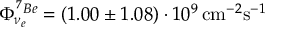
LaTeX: \Phi _ { \nu _ { e } } ^ { ^ 7 B e } = ( 1 . 0 0 \pm 1 . 0 8 ) \cdot 1 0 ^ { 9 } \, \mathrm { c m } ^ { - 2 } \mathrm { s } ^ { - 1 }